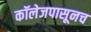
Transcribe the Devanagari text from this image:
कॉलेजपासूनच